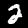
Digit: 2